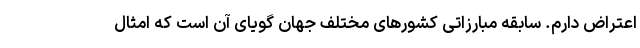
اعتراض دارم. سابقه مبارزاتی کشورهای مختلف جهان گویای آن است که امثال